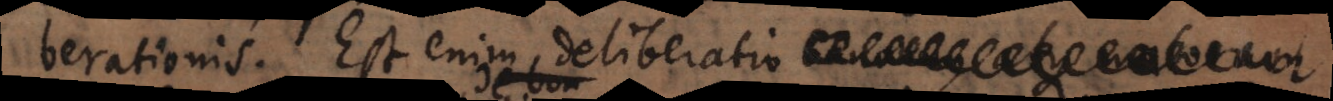
deliberationis. Est enim deliberatio